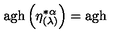
\mathrm { a g h } \left( \eta _ { ( \lambda ) } ^ { * \alpha } \right) = \mathrm { a g h }